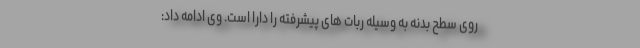
روی سطح بدنه به وسیله ربات های پیشرفته را دارا است. وی ادامه داد: